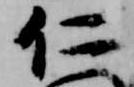
仁